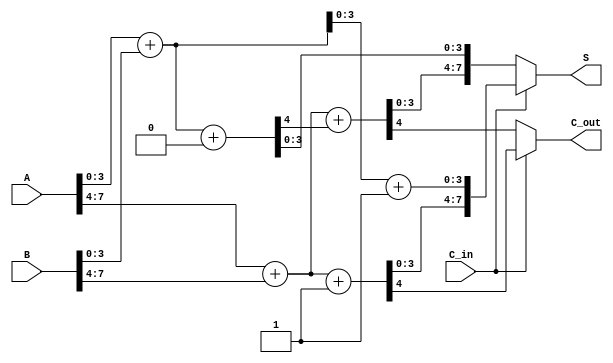
module CarrySelectAdder (
    input [7:0] A,      // 8-bit input A
    input [7:0] B,      // 8-bit input B
    input C_in,         // Carry-in
    output [7:0] S,     // 8-bit sum output
    output C_out        // Carry-out
);

    wire [3:0] S0, S1;      // Sums for C_in = 0
    wire C0, C1;            // Carry-outs for C_in = 0
    wire [3:0] S0_prime, S1_prime; // Sums for C_in = 1
    wire C0_prime, C1_prime; // Carry-outs for C_in = 1

    // Block 0 (LSB)
    // Adder assuming C_in = 0
    assign {C0, S0} = A[3:0] + B[3:0] + 1'b0;
    // Adder assuming C_in = 1
    assign {C0_prime, S0_prime} = A[3:0] + B[3:0] + 1'b1;

    // Block 1 (MSB)
    // Adder assuming C_in = 0
    assign {C1, S1} = A[7:4] + B[7:4] + C0;
    // Adder assuming C_in = 1
    assign {C1_prime, S1_prime} = A[7:4] + B[7:4] + 1'b1;

    // Final selection of sum and carry-out
    assign S = (C_in == 1'b0) ? {S1, S0} : {S1_prime, S0_prime};
    assign C_out = (C_in == 1'b0) ? C1 : C1_prime;

endmodule